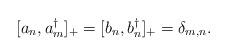
LaTeX: \begin{align*}[a_n , a_m^{\dagger}]_{+} = [b_n , b_n^{\dagger}]_{+} =\delta_{m,n} .\end{align*}